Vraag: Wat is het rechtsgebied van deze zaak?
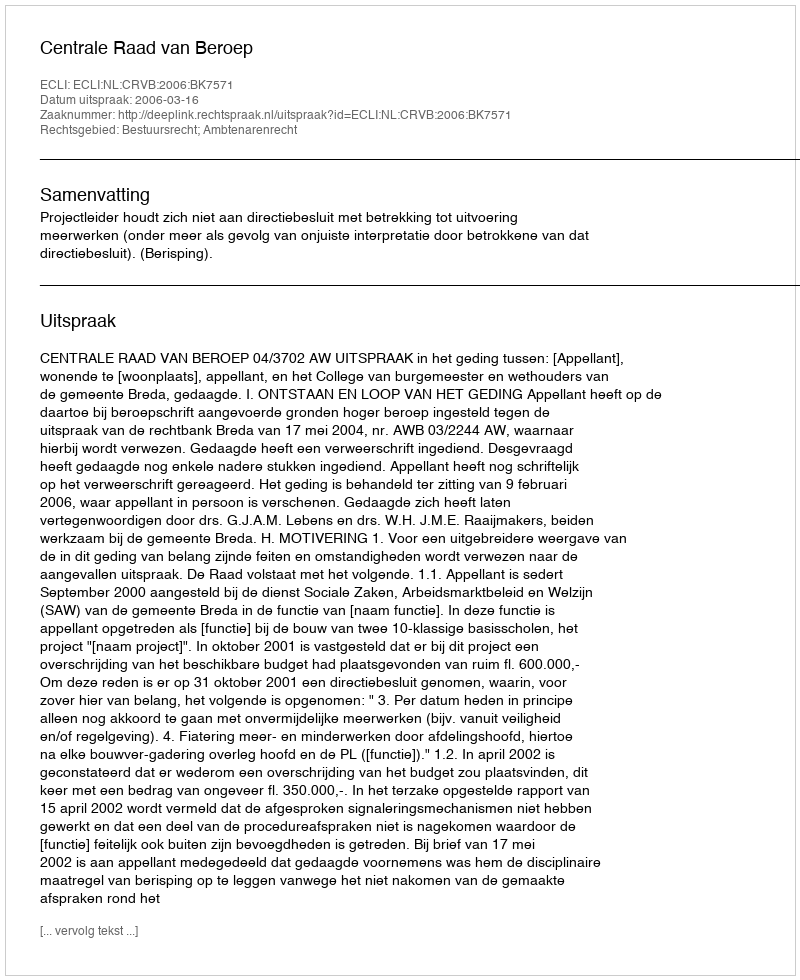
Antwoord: Bestuursrecht; Ambtenarenrecht